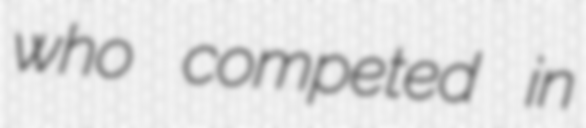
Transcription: who competed in